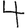
Digit: 4